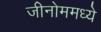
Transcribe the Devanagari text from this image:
जीनोममध्ये